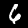
Digit: 6